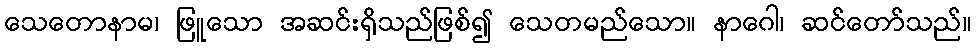
သေတောနာမ၊ ဖြူသော အဆင်းရှိသည်ဖြစ်၍ သေတမည်သော။ နာဂေါ၊ ဆင်တော်သည်။